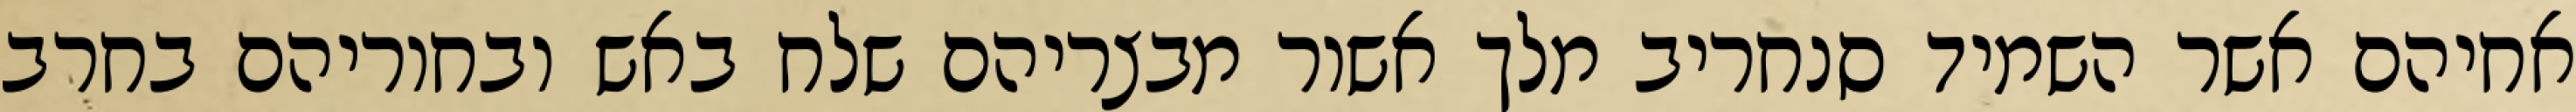
אחיהם אשר השמיד סנחריב מלך אשור מבצריהם שלח באש ובחוריהם בחרב